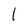
Character: 1